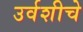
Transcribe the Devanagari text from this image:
उर्वशीचे